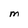
Character: M